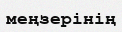
меңзерінің